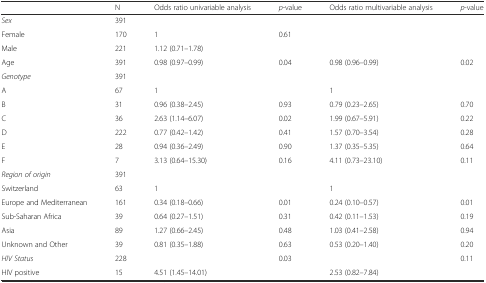
<table><thead><tr><td></td><td><b>N</b></td><td><b>Odds ratio univariable analysis</b></td><td><b><i>p</i>-value</b></td><td><b>Odds ratio multivariable analysis</b></td><td><b><i>p</i>-value</b></td></tr></thead><tbody><tr><td><i>Sex</i></td><td>391</td><td></td><td></td><td></td><td></td></tr><tr><td>Female</td><td>170</td><td>1</td><td>0.61</td><td></td><td></td></tr><tr><td>Male</td><td>221</td><td>1.12 (0.71–1.78)</td><td></td><td></td><td></td></tr><tr><td>Age</td><td>391</td><td>0.98 (0.97–0.99)</td><td>0.04</td><td>0.98 (0.96–0.99)</td><td>0.02</td></tr><tr><td><i>Genotype</i></td><td>391</td><td></td><td></td><td></td><td></td></tr><tr><td>A</td><td>67</td><td>1</td><td></td><td>1</td><td></td></tr><tr><td>B</td><td>31</td><td>0.96 (0.38–2.45)</td><td>0.93</td><td>0.79 (0.23–2.65)</td><td>0.70</td></tr><tr><td>C</td><td>36</td><td>2.63 (1.14–6.07)</td><td>0.02</td><td>1.99 (0.67–5.91)</td><td>0.22</td></tr><tr><td>D</td><td>222</td><td>0.77 (0.42–1.42)</td><td>0.41</td><td>1.57 (0.70–3.54)</td><td>0.28</td></tr><tr><td>E</td><td>28</td><td>0.94 (0.36–2.49)</td><td>0.90</td><td>1.37 (0.35–5.35)</td><td>0.64</td></tr><tr><td>F</td><td>7</td><td>3.13 (0.64–15.30)</td><td>0.16</td><td>4.11 (0.73–23.10)</td><td>0.11</td></tr><tr><td><i>Region of origin</i></td><td>391</td><td></td><td></td><td></td><td></td></tr><tr><td>Switzerland</td><td>63</td><td>1</td><td></td><td>1</td><td></td></tr><tr><td>Europe and Mediterranean</td><td>161</td><td>0.34 (0.18–0.66)</td><td>0.01</td><td>0.24 (0.10–0.57)</td><td>0.01</td></tr><tr><td>Sub-Saharan Africa</td><td>39</td><td>0.64 (0.27–1.51)</td><td>0.31</td><td>0.42 (0.11–1.53)</td><td>0.19</td></tr><tr><td>Asia</td><td>89</td><td>1.27 (0.66–2.45)</td><td>0.48</td><td>1.03 (0.41–2.58)</td><td>0.94</td></tr><tr><td>Unknown and Other</td><td>39</td><td>0.81 (0.35–1.88)</td><td>0.63</td><td>0.53 (0.20–1.40)</td><td>0.20</td></tr><tr><td><i>HIV Status</i></td><td>228</td><td></td><td>0.03</td><td></td><td>0.11</td></tr><tr><td>HIV positive</td><td>15</td><td>4.51 (1.45–14.01)</td><td></td><td>2.53 (0.82–7.84)</td><td></td></tr></tbody></table>